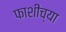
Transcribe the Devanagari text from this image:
फाशीच्या